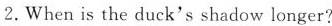
2.When is the duck's shadow longer?